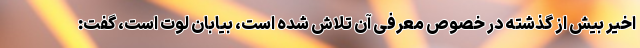
اخیر بیش از گذشته در خصوص معرفی آن تلاش شده است، بیابان لوت است، گفت: